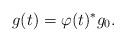
LaTeX: \begin{align*}g(t)=\varphi(t)^*g_0.\end{align*}